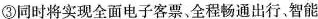
③同时将实现全面电子客票全程畅通出行。智能